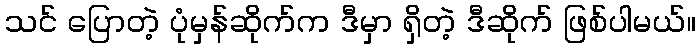
သင် ပြောတဲ့ ပုံမှန်ဆိုက်က ဒီမှာ ရှိတဲ့ ဒီဆိုက် ဖြစ်ပါမယ်။